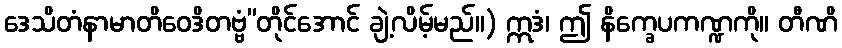
ဒေသိတံနာမာတိဝေဒိတဗ္ဗံ”တိုင်အောင် ချဲ့လိမ့်မည်။) ဣဒံ၊ ဤ နိက္ခေပကဏ္ဍကို။ တီဏိ